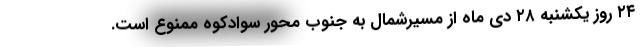
۲۴ روز یکشنبه ۲۸ دی ماه از مسیرشمال به جنوب محور سوادکوه ممنوع است.